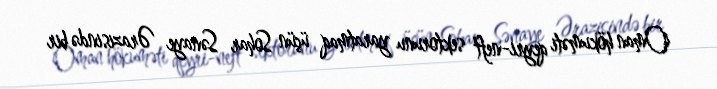
Oman hökuməti qeyri-neft sektorunu yaratmaq üçün Sohar Sənaye Ərazisində bir